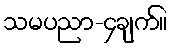
သမပညာ-၄ချက်။